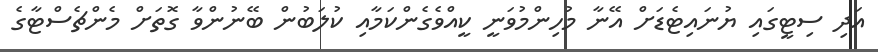
އަދި ސިޓީގައި ޔުނައިޓެޑަށް އޭނާ މުހިންމުވަނީ ކީއްވެގެންކަމާއި ކުލަބުން ބޭނުންވާ ގޮތަށް މެންޗެސްޓާގެ